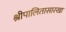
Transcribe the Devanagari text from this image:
श्रीपालितासारखा